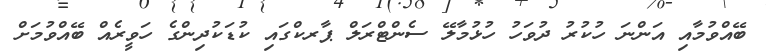
ބޭއްވުމާއި އަންނަ ހުކުރު ދުވަހު ހުޅުމާލޭ ސެންޓްރަލް ޕާރކްގައި ކުޑަކުދިންގެ ހަވީރެއް ބޭއްވުމަށް